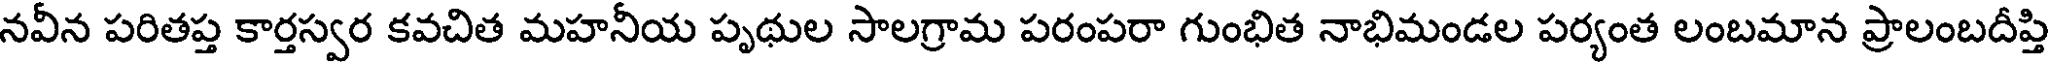
నవీన పరితప్త కార్తస్వర కవచిత మహనీయ పృథుల సాలగ్రామ పరంపరా గుంభిత నాభిమండల పర్యంత లంబమాన ప్రాలంబదీప్తి